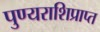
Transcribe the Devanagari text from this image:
पुण्यराशिप्राप्त